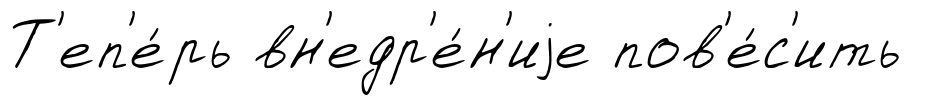
Т'еп'е́рь вн'едр'е́н'иjе пов'е́с'ить